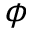
\phi